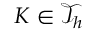
K \in \mathcal { T } _ { h }